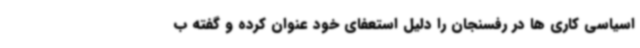
اسیاسی کاری ها در رفسنجان را دلیل استعفای خود عنوان کرده و گفته ب